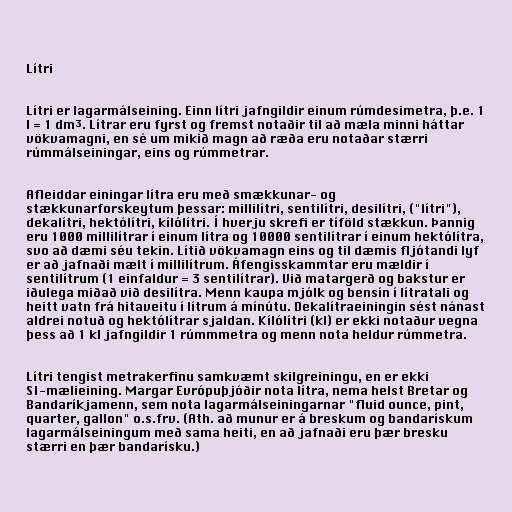
Lítri

Lítri er lagarmálseining. Einn lítri jafngildir einum rúmdesimetra, þ.e. 1
l = 1 dm³. Lítrar eru fyrst og fremst notaðir til að mæla minni háttar
vökvamagni, en sé um mikið magn að ræða eru notaðar stærri
rúmmálseiningar, eins og rúmmetrar.

Afleiddar einingar lítra eru með smækkunar- og
stækkunarforskeytum þessar: millilítri, sentilítri, desilítri, ("lítri"),
dekalítri, hektólítri, kílólítri. Í hverju skrefi er tíföld stækkun. Þannig
eru 1000 millilítrar í einum lítra og 10000 sentilítrar í einum hektólítra,
svo að dæmi séu tekin. Lítið vökvamagn eins og til dæmis fljótandi lyf
er að jafnaði mælt í millilítrum. Áfengisskammtar eru mældir í
sentilítrum (1 einfaldur = 3 sentilítrar). Við matargerð og bakstur er
iðulega miðað við desilítra. Menn kaupa mjólk og bensín í lítratali og
heitt vatn frá hitaveitu í lítrum á mínútu. Dekalítraeiningin sést nánast
aldrei notuð og hektólítrar sjaldan. Kílólítri (kl) er ekki notaður vegna
þess að 1 kl jafngildir 1 rúmmmetra og menn nota heldur rúmmetra.

Lítri tengist metrakerfinu samkvæmt skilgreiningu, en er ekki
SI-mælieining. Margar Evrópuþjóðir nota lítra, nema helst Bretar og
Bandaríkjamenn, sem nota lagarmálseiningarnar "fluid ounce, pint,
quarter, gallon" o.s.frv. (Ath. að munur er á breskum og bandarískum
lagarmálseiningum með sama heiti, en að jafnaði eru þær bresku
stærri en þær bandarísku.)